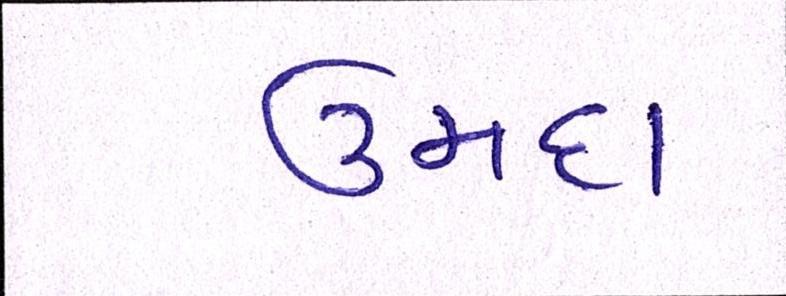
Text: ઉમદા